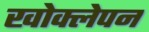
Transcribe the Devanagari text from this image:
खोक्लेपन